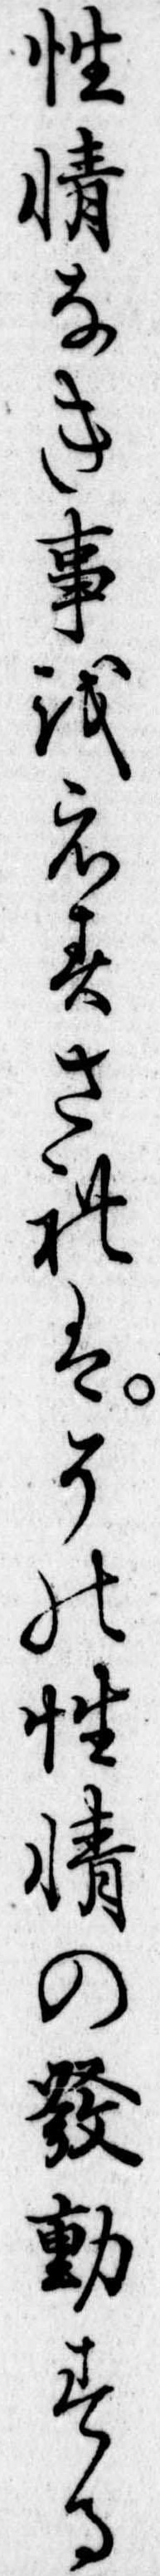
性情なき事をえすされはその性情の発動する